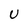
Character: U